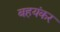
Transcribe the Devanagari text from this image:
बहयंकर